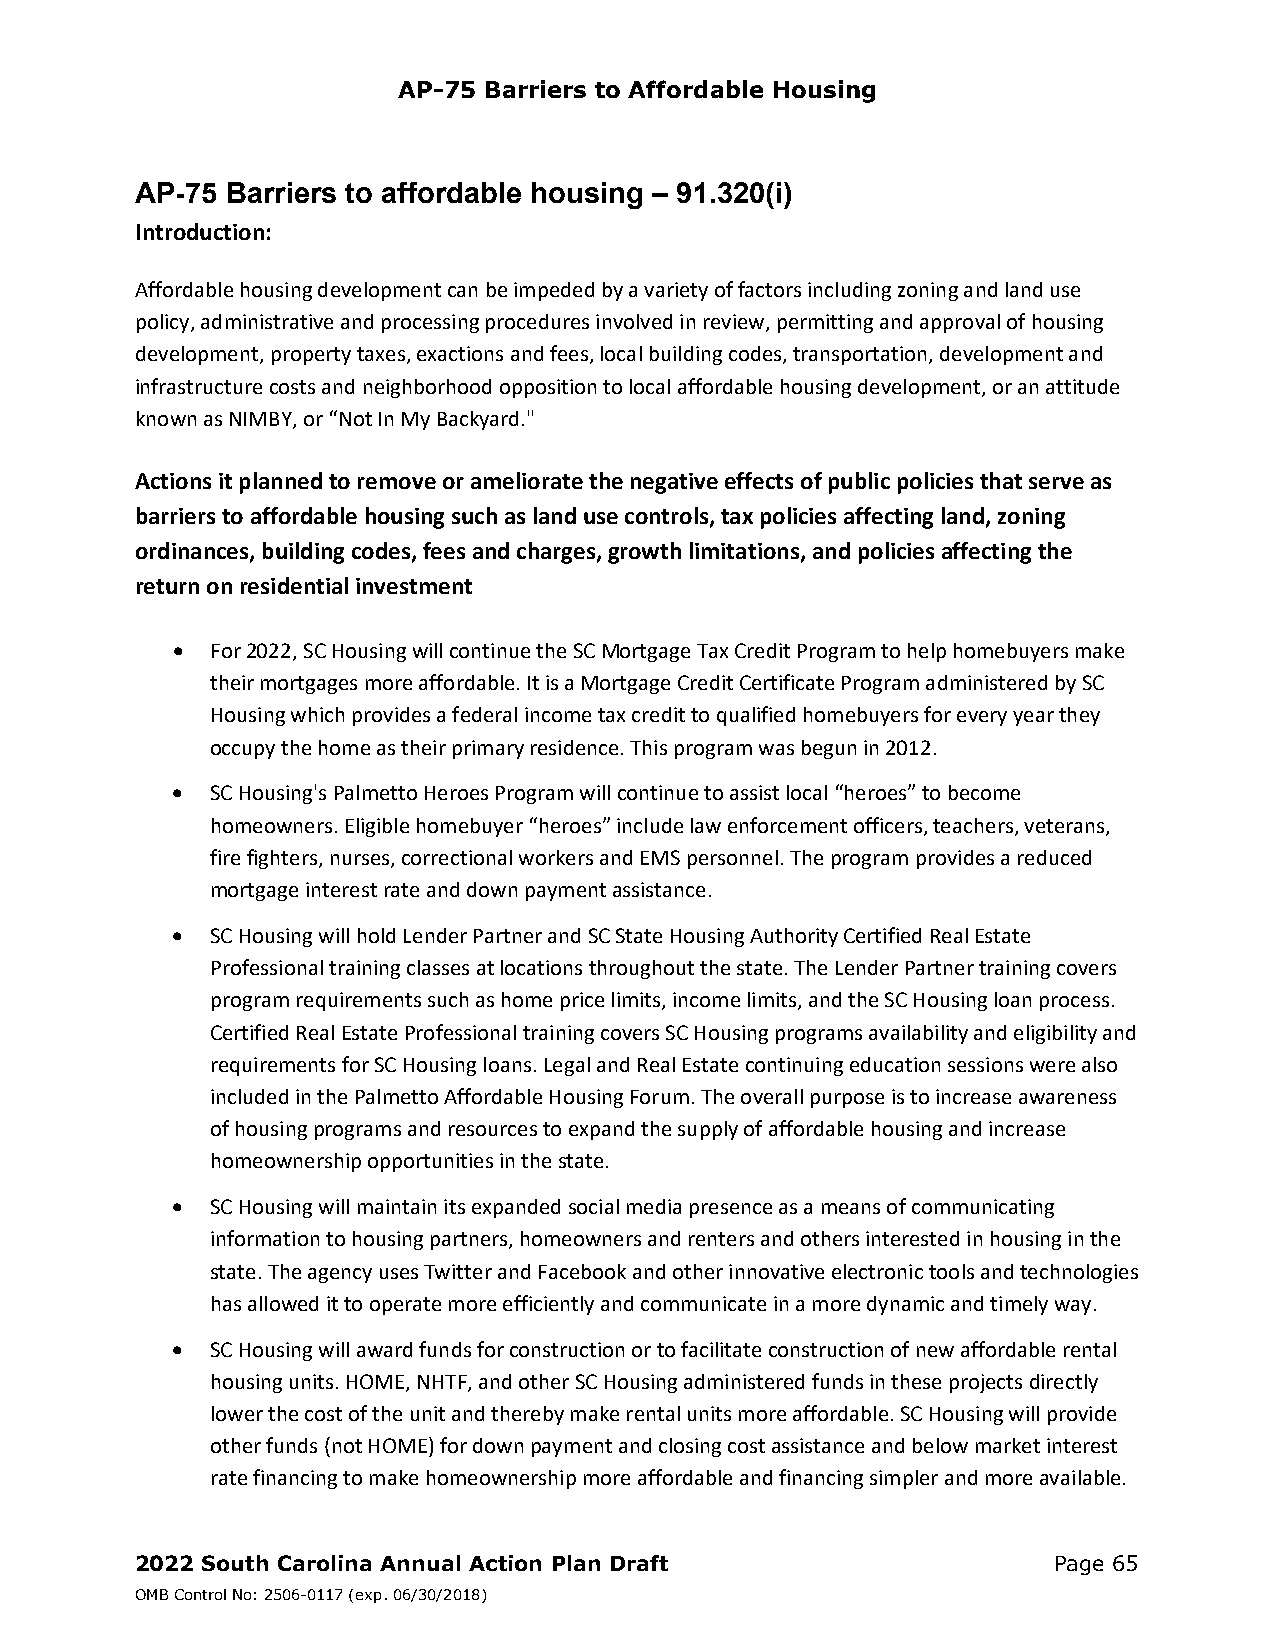
AP-75 Barriers to Affordable Housing
 AP-75 Barriers to affordable housing – 91.320(i)
 Introduction:
 Affordable housing development can be impeded by a variety of factors including zoning and land use
 policy, administrative and processing procedures involved in review, permitting and approval of housing
 development, property taxes, exactions and fees, local building codes, transportation, development and
 infrastructure costs and neighborhood opposition to local affordable housing development, or an attitude
 known as NIMBY, or “Not In My Backyard."
 Actions it planned to remove or ameliorate the negative effects of public policies that serve as
 barriers to affordable housing such as land use controls, tax policies affecting land, zoning
 ordinances, building codes, fees and charges, growth limitations, and policies affecting the
 return on residential investment
   For 2022, SC Housing will continue the SC Mortgage Tax Credit Program to help homebuyers make
 their mortgages more affordable. It is a Mortgage Credit Certificate Program administered by SC
 Housing which provides a federal income tax credit to qualified homebuyers for every year they
 occupy the home as their primary residence. This program was begun in 2012.
   SC Housing's Palmetto Heroes Program will continue to assist local “heroes” to become
 homeowners. Eligible homebuyer “heroes” include law enforcement officers, teachers, veterans,
 fire fighters, nurses, correctional workers and EMS personnel. The program provides a reduced
 mortgage interest rate and down payment assistance.
   SC Housing will hold Lender Partner and SC State Housing Authority Certified Real Estate
 Professional training classes at locations throughout the state. The Lender Partner training covers
 program requirements such as home price limits, income limits, and the SC Housing loan process.
 Certified Real Estate Professional training covers SC Housing programs availability and eligibility and
 requirements for SC Housing loans. Legal and Real Estate continuing education sessions were also
 included in the Palmetto Affordable Housing Forum. The overall purpose is to increase awareness
 of housing programs and resources to expand the supply of affordable housing and increase
 homeownership opportunities in the state.
   SC Housing will maintain its expanded social media presence as a means of communicating
 information to housing partners, homeowners and renters and others interested in housing in the
 state. The agency uses Twitter and Facebook and other innovative electronic tools and technologies
 has allowed it to operate more efficiently and communicate in a more dynamic and timely way.
   SC Housing will award funds for construction or to facilitate construction of new affordable rental
 housing units. HOME, NHTF, and other SC Housing administered funds in these projects directly
 lower the cost of the unit and thereby make rental units more affordable. SC Housing will provide
 other funds (not HOME) for down payment and closing cost assistance and below market interest
 rate financing to make homeownership more affordable and financing simpler and more available.
 2022 South Carolina Annual Action Plan Draft                 Page 65
 OMB Control No: 2506-0117 (exp. 06/30/2018)